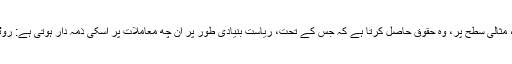
کسی بھی معاشرے میں پیدا ہوکر، ایک شہری، مثالی سطح پر، وہ حقوق حاصل کرتا ہے کہ جس کے تحت، ریاست بنیادی طور پر ان چھ معاملات پر اسکی ذمہ دار ہوتی ہے: روٹی، کپڑا، مکان، تعلیم، علاج اور شہری احترام۔